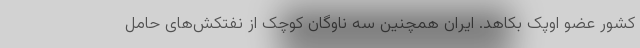
کشور عضو اوپک بکاهد. ایران همچنین سه ناوگان کوچک از نفتکش‌های حامل